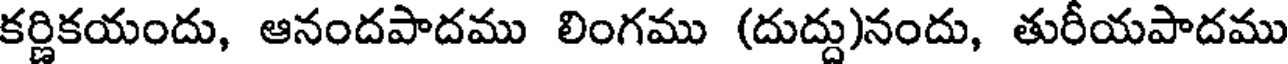
కర్ణికయందు, ఆనందపాదము లింగము (దుద్దు)నందు, తురీయపాదము